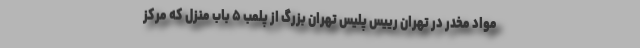
مواد مخدر در تهران رییس پلیس تهران بزرگ از پلمب ۵ باب منزل که مرکز